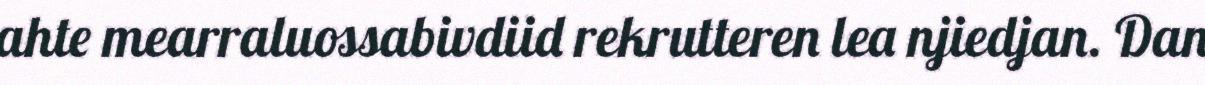
ahte mearraluossabivdiid rekrutteren lea njiedjan. Dan